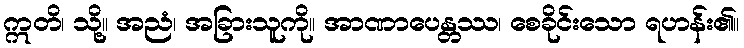
ဣတိ၊ သို့။ အညံ၊ အခြားသူကို။ အာဏာပေန္တဿ၊ စေခိုင်းသော ရဟန်း၏။